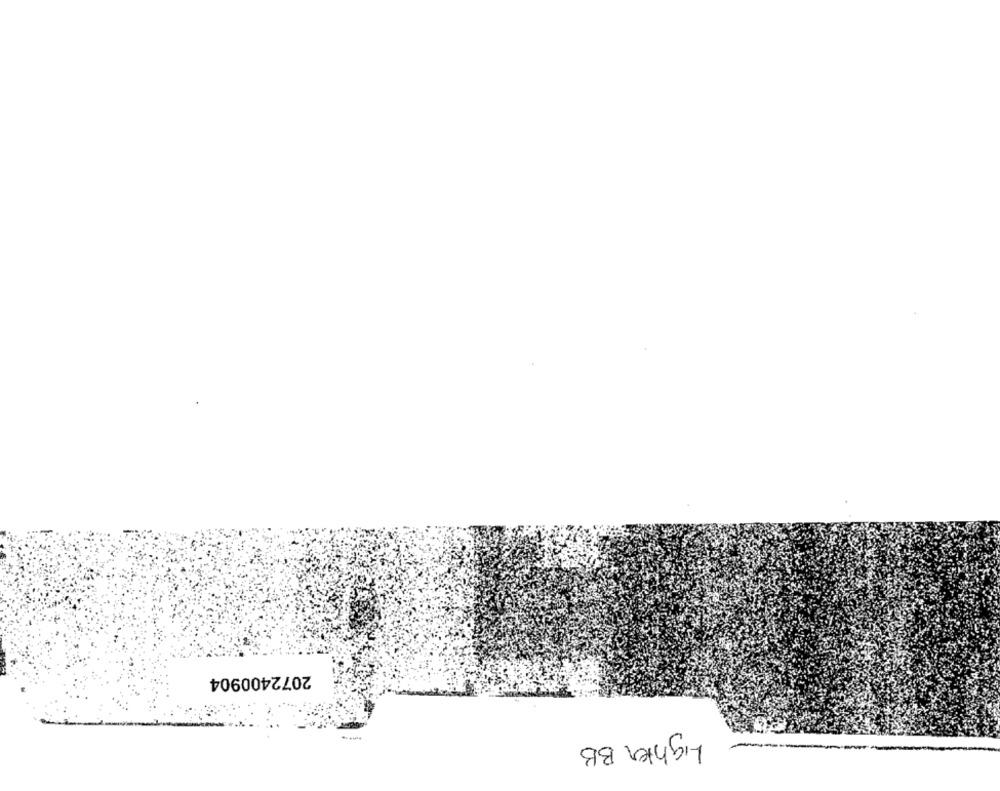
2072400904
Lighter BB
-